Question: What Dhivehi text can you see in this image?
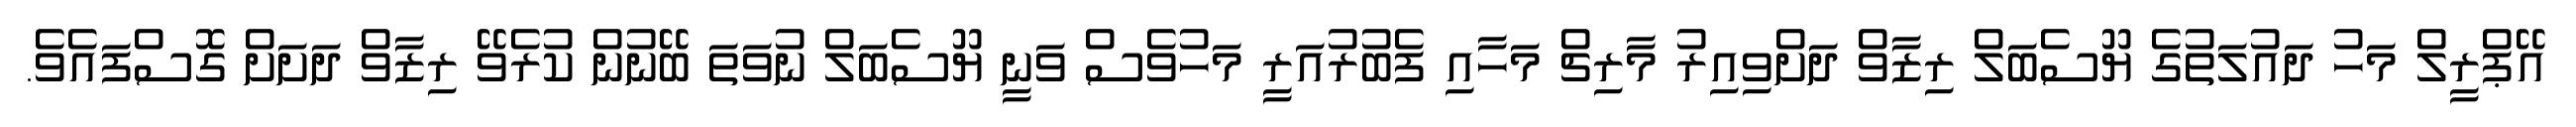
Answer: އޭޕްރީލް މަހު ދައުލަތުގެ ޔޫސެބަލް ރިޒާވް ދަށްވިއިރު މާރިޗް މަހާއި ފެބުރުއަރީ މަހުވެސް ވަނީ ޔޫސެބަލް ނުވަތަ ބޭނުން ކުރެވޭ ރިޒާވް ދަށަށް ގޮސްފައެވެ.